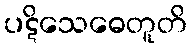
ပဋိသေဓေတူတိ